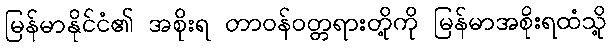
မြန်မာနိုင်ငံ၏ အစိုးရ တာဝန်ဝတ္တရားတို့ကို မြန်မာအစိုးရထံသို့